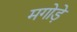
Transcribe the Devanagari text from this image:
मगोड़े